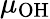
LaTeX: \mu_{\mathrm{OH}}